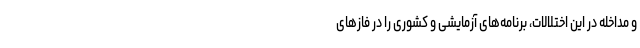
و مداخله در این اختلالات، برنامه‌های آزمایشی و کشوری را در فازهای